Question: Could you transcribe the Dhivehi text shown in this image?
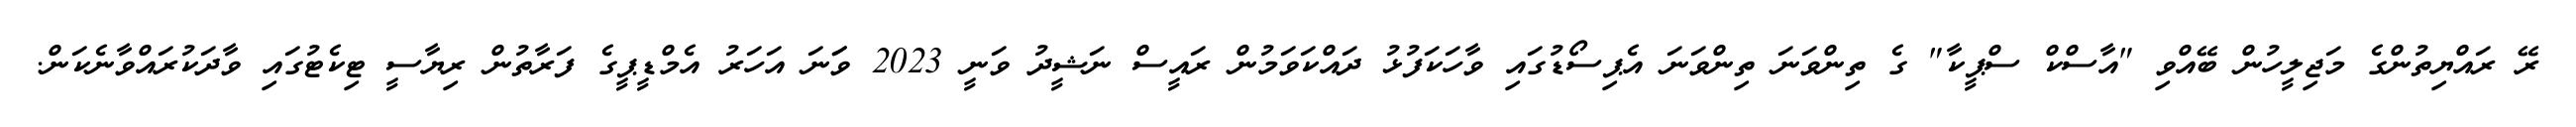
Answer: ރޭ ރައްޔިތުންގެ މަޖިލީހުން ބޭއްވި "އާސްކް ސްޕީކާ" ގެ ތިންވަނަ ތިންވަނަ އެޕިސޯޑުގައި ވާހަކަފުޅު ދައްކަވަމުން ރައީސް ނަޝީދު ވަނީ 2023 ވަަނަ އަހަރު އެމްޑީޕީގެ ފަރާތުން ރިޔާސީ ޓިކެޓުގައި ވާދަކުރައްވާނެކަން.